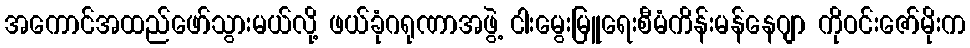
အကောင်အထည်ဖော်သွားမယ်လို့ ဖယ်ခုံဂရုဏာအဖွဲ့ ငါးမွေးမြူရေးစီမံကိန်းမန်နေဂျာ ကိုဝင်းဇော်မိုးက